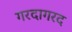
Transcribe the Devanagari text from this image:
गरदागरद